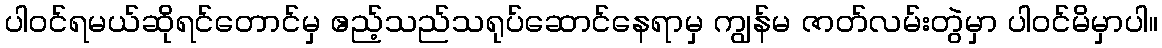
ပါဝင်ရမယ်ဆိုရင်တောင်မှ ဧည့်သည်သရုပ်ဆောင်နေရာမှ ကျွန်မ ဇာတ်လမ်းတွဲမှာ ပါဝင်မိမှာပါ။